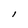
Character: l